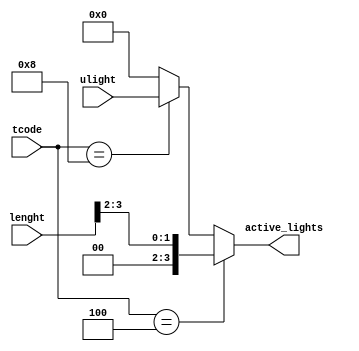
/*--  *******************************************************
--  Computer Architecture Course, Laboratory Sources 
--  Amirkabir University of Technology (Tehran Polytechnic)
--  Department of Computer Engineering (CE-AUT)
--  https://ce[dot]aut[dot]ac[dot]ir
--  *******************************************************
--  All Rights reserved (C) 2019-2020
--  *******************************************************
--  Student ID  : 
--  Student Name: 
--  Student Mail: 
--  *******************************************************
--  Additional Comments:
--
--*/

/*-----------------------------------------------------------
---  Module Name: Active Lights
---  Description: Module4: 
-----------------------------------------------------------*/
`timescale 1 ns/1 ns

module ActiveLamps (
	input  [3:0] tcode  , // time code    [table2 time code   ]
	input  [3:0] ulight , // user light   [light degree mode  ]
    input  [3:0] lenght     , // room length  [square room lenght ]
	output [3:0] active_lights  // number of active light
);

	assign  active_lights = (tcode == 4'b0100) ? lenght[3:2]: ((tcode == 4'b1000) ? ulight: 4'b0000);

endmodule